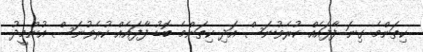
ކިތަންމެ ގިނަ ފާފައެއް ކުރެވުނަސް އަދި ކިތަންމެ ބޮޑު ފާފައެއް ކުރެވުނަސް އުންމީދު